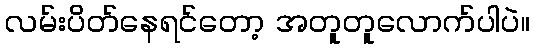
လမ်းပိတ်နေရင်တော့ အတူတူလောက်ပါပဲ။